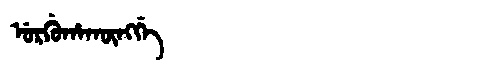
Manchu: ᡠᡵᡤᡠᡥᠠᡴᡡᠩᡤᡝ
Romanization: URGUHAKŪNGGE